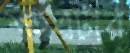
শহরটার